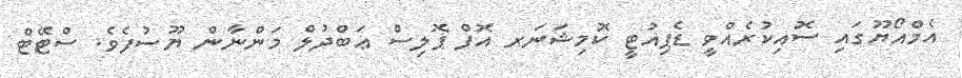
އެމްއޯޔޫގައި ސޮއިކުރެއްވީ ޑެޕިއުޓީ ކޮމިޝަނަރ އޮފް ޕޮލިސް ޢަބްދުލް މަންނާން ޔޫސުފެވެ. ސްޓޭޓް